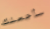
سأجعلك